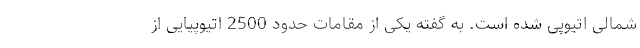
شمالی اتیوپی شده است. به گفته یکی از مقامات حدود 2500 اتیوپیایی از